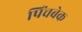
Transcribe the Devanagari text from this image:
पिंचबेक